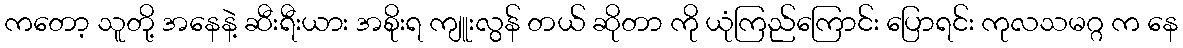
ကတော့ သူတို့ အနေနဲ့ ဆီးရီးယား အစိုးရ ကျူးလွန် တယ် ဆိုတာ ကို ယုံကြည်ကြောင်း ပြောရင်း ကုလသမဂ္ဂ က နေ